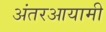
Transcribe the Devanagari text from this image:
अंतरआयामी